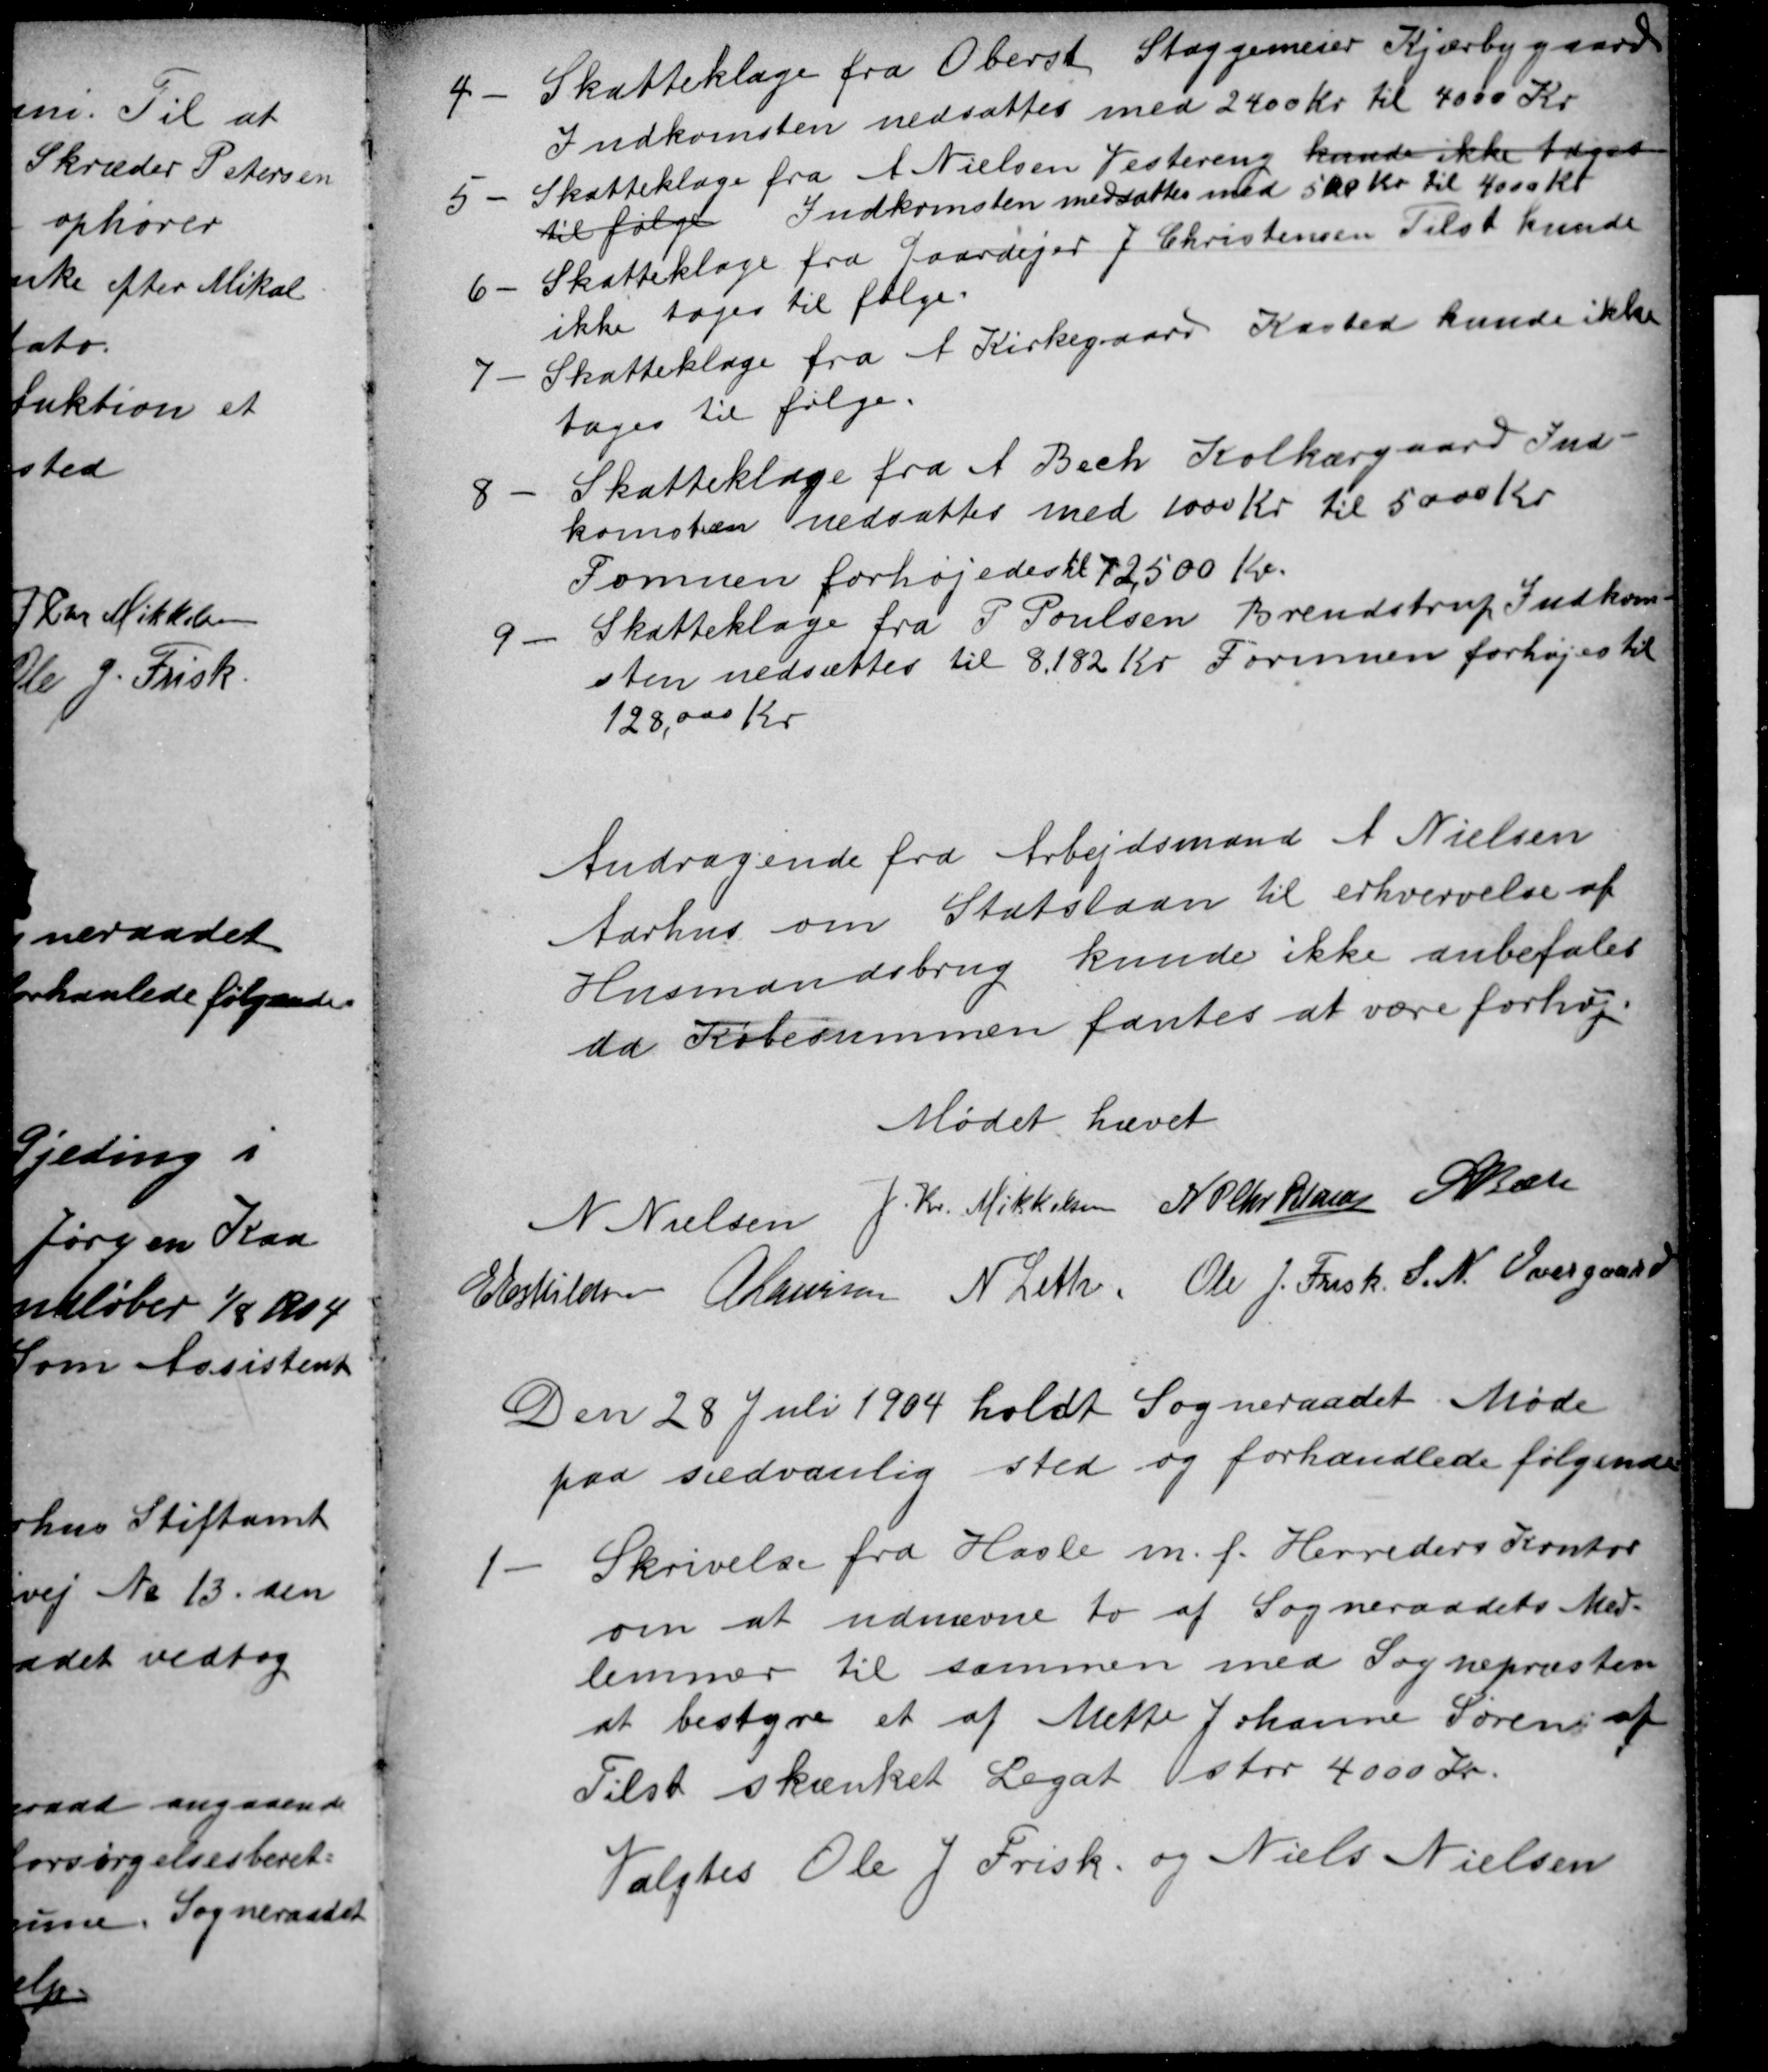
Transskription:
4
Skatteklage fra Oberst Staggemeier Kjærbygaard
Indkomsten nedsattes med 2400 Kr til 4000 Kr
5
Skatteklage fra A Nielsen Vestereng kunde ikke tages
til følge Indkomsten nedsættes med 500 Kr. til 4000 Kr.
6
Skatteklage fra Gaardejer J Christensen Tilst kunde
ikke tages til følge.
7
Skatteklage fra A Kirkegaard Kasted kunde ikke
tages til følge.
8
Skatteklage fra A Bech Kolkærgaard Ind-
komsten nedsattes med 1000 Kr til 5000 Kr
Fomuen forhøjedes til 72,500 Kr.
9
Skatteklage fra P Poulsen Brendstrup Indkom-
sten nedsættes til 8.182 Kr. Formuen forhøjes til
128,000 Kr
Andragende fra Arbejdsmand A Nielsen
Aarhus om Statslaan til erhvervelse af
Husmandsbrug kunde ikke anbefales
da Købesummen fantes at være forhøj
Mødet hævet
N Nielsen
J. Kr. Mikkelsen
N P Chr. Petersen A Bech
E Eskildsen
A Laursen
N Leth.
Ole J. Frisk. S. N. Overgaard
Den 28 Juli 1904 holdt Sogneraadet Møde
paa sædvanlig sted og forhandlede følgende
1
Skrivelse fra Hasle m.f. Herreders Kontor
om at udnævne to af Sogneraadets Med-
lemmer til sammen med Sognepræsten
at bestyre et af Mette Johanne Sørens af
Tilst skænket Legat for 4000 Kr.
Valgtes Ole J. Frisk og Niels Nielsen